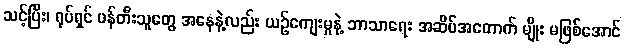
သင့်ပြီး၊ ရုပ်ရှင် ဖန်တီးသူတွေ အနေနဲ့လည်း ယဉ်ကျေးမှုနဲ့ ဘာသာရေး အဆိပ်အတောက် မျိုး မဖြစ်အောင်